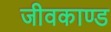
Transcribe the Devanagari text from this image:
जीवकाण्ड